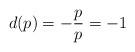
LaTeX: \begin{align*} d(p)=- \frac{p}{p}=-1\end{align*}